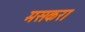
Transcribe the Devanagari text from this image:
मसकरा